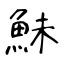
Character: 鮇